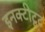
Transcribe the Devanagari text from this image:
इनक्टीटूट